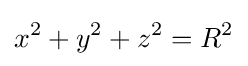
x^{2}+y^{2}+z^{2}=R^{2}